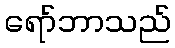
ရော်ဘာသည်